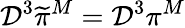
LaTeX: {\cal D}^{3}\widetilde{\pi}^{M}={\cal D}^{3}\pi^{M}